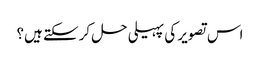
اس تصویر کی پہیلی حل کرسکتے ہیں؟